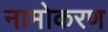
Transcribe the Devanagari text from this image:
नामोकरण